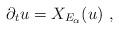
LaTeX: \begin{align*}\partial_t u=X_{E_\alpha}(u)\ ,\end{align*}